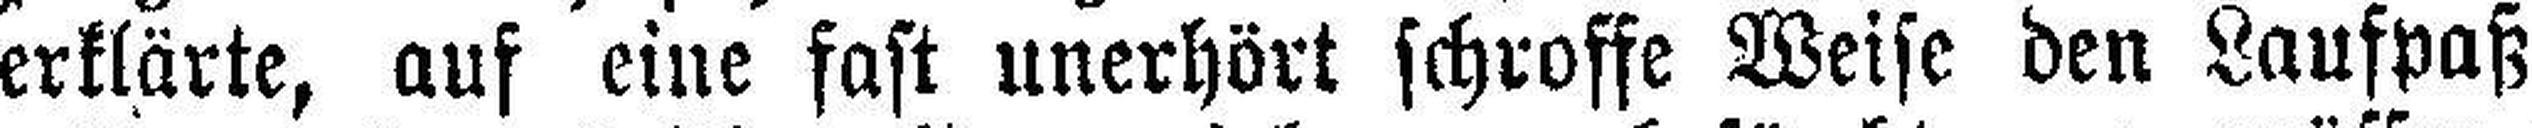
erklärte, auf eine fast unerhört schroffe Weise den Laufpaß